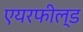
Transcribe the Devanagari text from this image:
एयरफील्‍ड